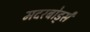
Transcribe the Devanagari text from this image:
मदरबोर्ड्स